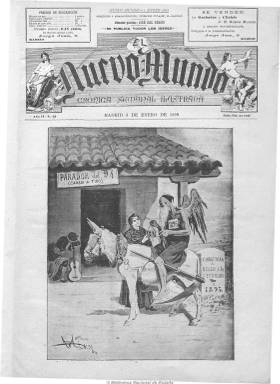
Título: Nuevo mundo (Madrid)
Colección: Revistas de información general
Ámbito geográfico: Madrid
Lugar de publicación: Madrid
Fechas: 03/01/1895-28/12/1933

Fundada en 1894 por José del Perojo, que fue colaborador asiduo de la “La Ilustración española y americana”. Pronto alcanzó una tirada de 5.000 ejemplares que aumenta sin cesar y alcanza una cifra récord de 266.000 ejemplares en 1909 por un reportaje fotográfico sobre el Barranco del Lobo. Representa, junto a “Blanco y negro” o “La Esfera”, un nuevo tipo de revista de actualidad que recurre a medios como los reporteros gráficos y la fotografía, de mayor impacto que los grabados utilizados anteriormente y que representaba “La Ilustración española y americana”, y que persigue el entretenimiento frente al contenido más erudito de las numerosas “ilustraciones”. Entre sus colaboradores se cuentan Unamuno y Maeztu. A la muerte de Perojo, su colaborador Mariano Zavala levantará “Mundo gráfico”, que terminará por comprar “Nuevo mundo” en 1913.